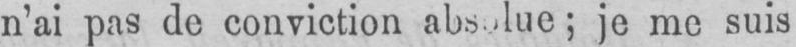
je me suis